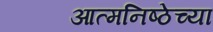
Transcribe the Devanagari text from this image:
आत्मनिष्ठेच्या